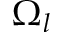
\Omega _ { l }